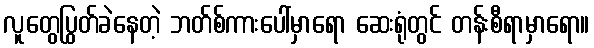
လူတွေပြွတ်ခဲနေတဲ့ ဘတ်စ်ကားပေါ်မှာရော ဆေးရုံတွင် တန်းစီရာမှာရော။